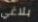
بلاغي